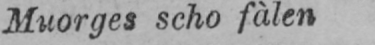
Muorges scho fàlen